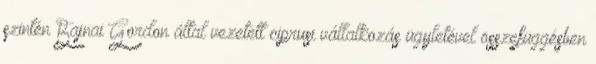
szintén Bajnai Gordon által vezetett ciprusi vállalkozás ügyletével összefüggésben